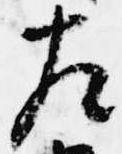
左